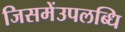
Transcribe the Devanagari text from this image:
जिसमेंउपलब्धि